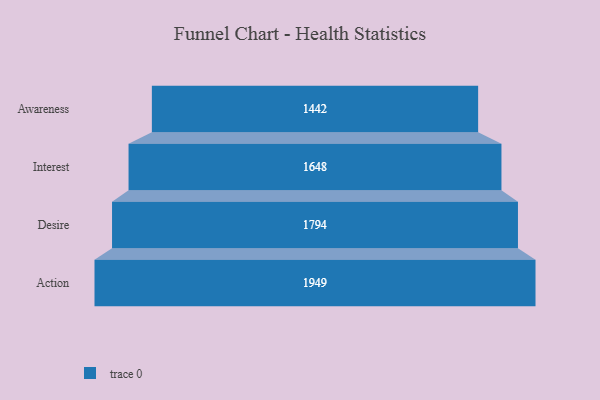
{"axis": {"x": "Stage", "y": "Value"}, "legend": [""], "data": [{"x": "Awareness", "y": 1442.0, "type": ""}, {"x": "Interest", "y": 1648.0, "type": ""}, {"x": "Desire", "y": 1794.0, "type": ""}, {"x": "Action", "y": 1949.0, "type": ""}]}